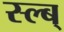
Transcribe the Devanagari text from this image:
स्ल्ब्